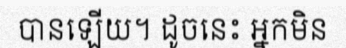
បានឡើយ។ ដូចនេះ អ្នកមិន